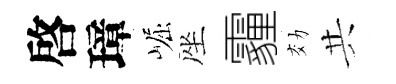
啓璋崛座霾効共